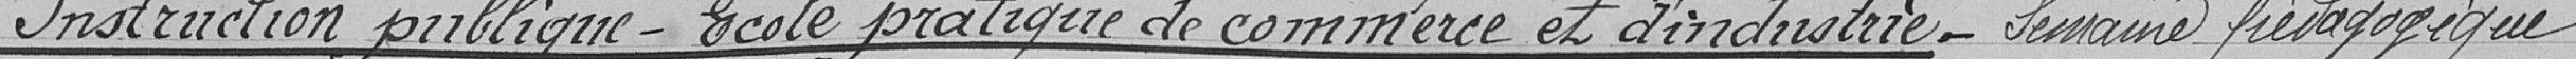
Instruction publique- Ecole pratique de commerce et d'industrie-Semaine pédagogique